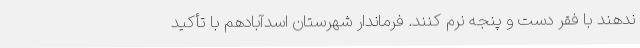
ندهند با فقر دست و پنجه نرم کنند. فرماندار شهرستان اسدآبادهم با تأکید